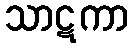
သာဋကာ